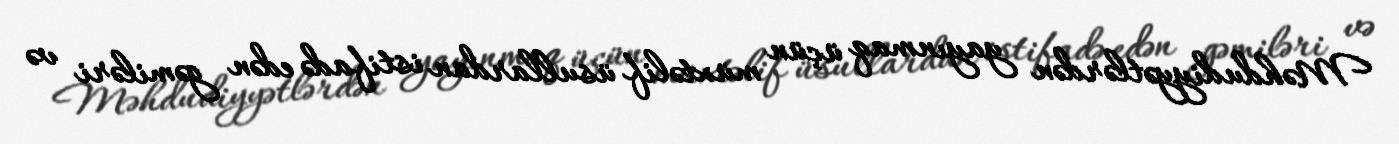
Məhdudiyyətlərdən yayınmaq üçün müxtəlif üsullardan istifadə edən gəmiləri və